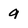
Character: 9